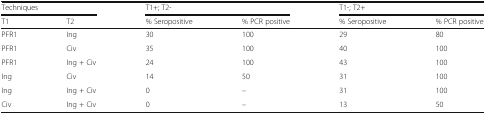
| <COLSPAN=2> Techniques | <COLSPAN=2> T1+; T2- | <COLSPAN=2> T1-; T2+ |
 | T1 | T2 | % Seropositive | % PCR positive | % Seropositive | % PCR positive |
 | --- | --- | --- | --- | --- | --- |
 | PFR1 | Ing | 30 | 100 | 29 | 80 |
 | PFR1 | Civ | 35 | 100 | 40 | 100 |
 | PFR1 | Ing + Civ | 24 | 100 | 43 | 100 |
 | Ing | Civ | 14 | 50 | 31 | 100 |
 | Ing | Ing + Civ | 0 | – | 31 | 100 |
 | Civ | Ing + Civ | 0 | – | 13 | 50 |